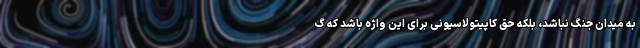
به میدان جنگ نباشد، بلکه حق کاپیتولاسیونی برای این واژه باشد که گ